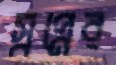
স্বপ্নের